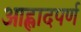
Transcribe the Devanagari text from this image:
आह्लादपर्ण